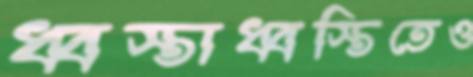
ধ্বস্তাধ্বস্তিতেও